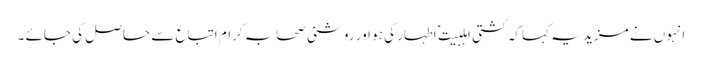
انہوں نے مزید یہ کہا کہ کشتی اہلبیت ؑ اطہار کی ہو اور روشنی صحابہ کرام اتباع سے حاصل کی جائے ۔